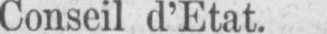
Conseil d’Etat.